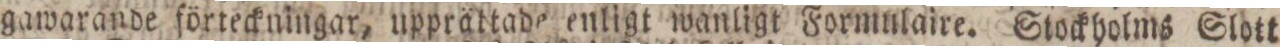
gawarande förteckningar, upprättade enligt wanligt Formnlaire. Stockholms Slott